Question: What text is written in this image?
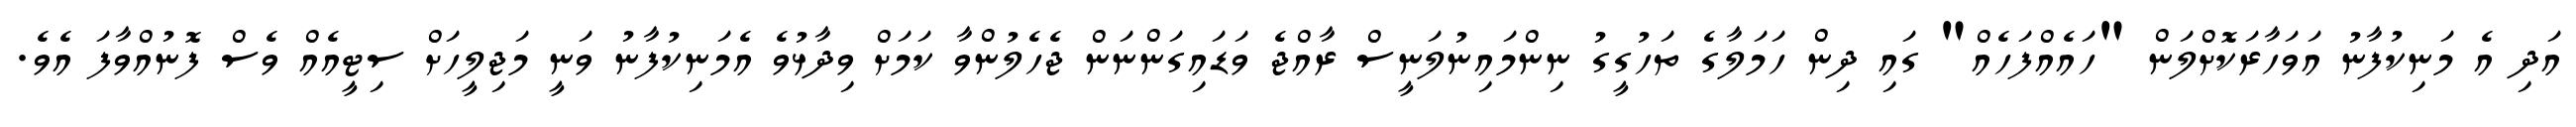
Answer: އަދި އެ މަނިކުފާނު އަވަހާރަކޮށްލަން "ހައެއްފަހެއް" ގައި ދިން ހަމަލާގެ ތަހުގީގު ނިންމައިނުލަނީސް ރާއްޖެ ވަޑައިގަންނަން ޖެހެލުންވާ ކަމަށް ވިދާޅުވެ އެމަނިކުފާނު ވަނީ މަޖިލީހަށް ސިޓީއެއް ވެސް ފޮނުއްވާފަ އެވެ.